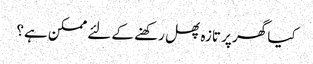
کیا گھر پر تازہ پھل رکھنے کے لئے ممکن ہے؟